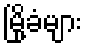
မြို့ခံများ